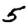
Digit: 5